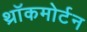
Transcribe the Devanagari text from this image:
थ्रॉकमोर्टन